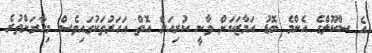
އެ ސްކޫލްގެ އެންމެ ބޮޑު އަމާޒަކަށް ވާނީ ކުރިއަށް އޮތް އަހަރުތަކުގައިވެސް މިހާރަށްތުރެ